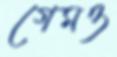
গেমও